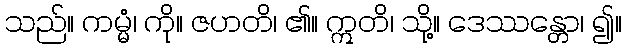
သည်။ ကမ္မံ၊ ကို။ ဇဟတိ၊ ၏။ ဣတိ၊ သို့။ ဒေဿန္တော၊ ၍။